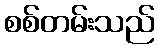
စစ်တမ်းသည်